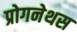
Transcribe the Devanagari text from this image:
प्रोगनेथस